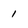
Character: 1